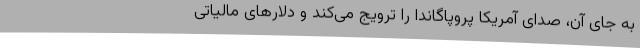
به جای آن، صدای آمریکا پروپاگاندا را ترویج می‌کند و دلارهای مالیاتی